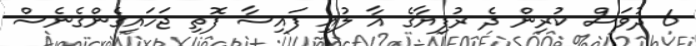
6 ދުވަަސް ކުރިން ދެ ރުފިޔާގެ އާ ލުއި ފައިސާ ފޮތި ޖަހައިގެންގެނެސް